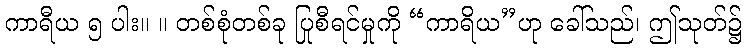
ကာရီယ ၅ ပါး။ ။ တစ်စုံတစ်ခု ပြုစီရင်မှုကို “ကာရိယ”ဟု ခေါ်သည်၊ ဤသုတ်၌